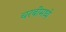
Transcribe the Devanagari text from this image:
चरबींमध्ये